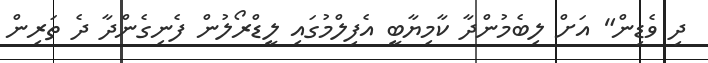
ދި ވެޑިން" އަށް ލިބެމުންދާ ކާމިޔާބީ އެފިލްމުގައި ލީޑްރޯލުން ފެނިގެންދާ ދެ ތަރިން